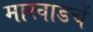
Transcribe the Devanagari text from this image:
मारवाडचें